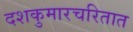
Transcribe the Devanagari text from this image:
दशकुमारचरितात